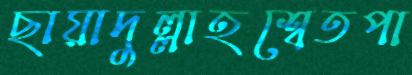
ছায়াদুল্লাহশ্বেতপা